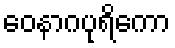
ဝေနာဂပုရိကော